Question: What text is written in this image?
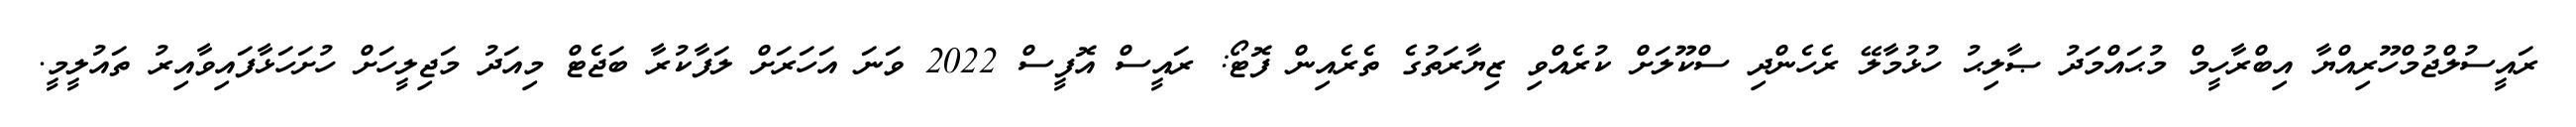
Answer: ރައީސުލްޖުމްހޫރިއްޔާ އިބްރާހީމް މުޙައްމަދު ޞާލިޙު ހުޅުމާލޭ ރެހެންދި ސްކޫލަށް ކުރެއްވި ޒިޔާރަތުގެ ތެރެއިން ފޮޓޯ: ރައީސް އޮފީސް 2022 ވަނަ އަހަރަށް ލަފާކުރާ ބަޖެޓް މިއަދު މަޖިލީހަށް ހުށަހަޅާފައިވާއިރު ތައުލީމީ.